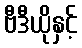
ဗီဒီယိုနှင့်